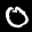
Label: 0